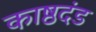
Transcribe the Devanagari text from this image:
काष्ठदंड